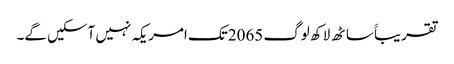
تقریباََ ساٹھ لاکھ لوگ 2065تک امریکہ نہیں آسکیں گے۔